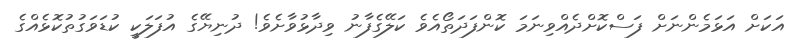
އަކަށް އަޅަމެންނަށް ފަސްކޮށްދެއްވިނަމަ ކޮންފަދަތޯއެވެ ކަލޭގެފާނު ވިދާޅުވާށެވެ! ދުނިޔޭގެ އުފަލަކީ ކުޑަވަގުތުކޮޅެއްގެ